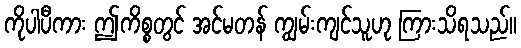
ကိုပါပီကား ဤကိစ္စတွင် အင်မတန် ကျွမ်းကျင်သူဟု ကြားသိရသည်။